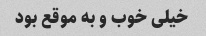
خیلی خوب و به موقع بود